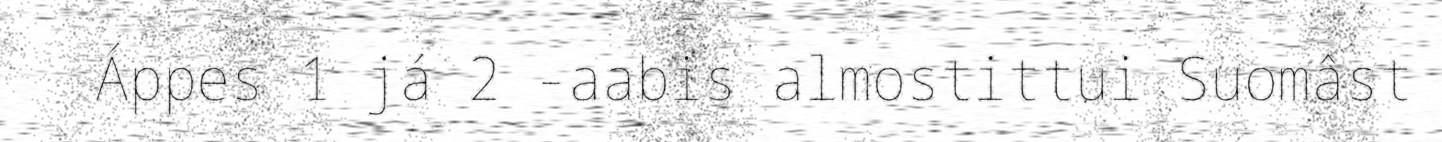
Áppes 1 já 2 -aabis almostittui Suomâst